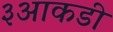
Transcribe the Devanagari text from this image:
३आकडी